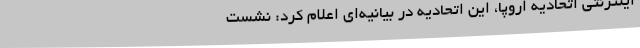
اینترنتی اتحادیه اروپا، این اتحادیه در بیانیه‌ای اعلام کرد: نشست